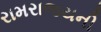
રામરાજયની